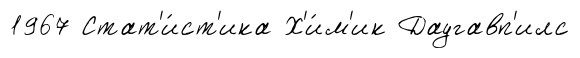
1967 Стат'и́ст'ика Х'и́м'ик Даугавп'илс